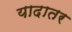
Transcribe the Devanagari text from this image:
यादातर